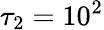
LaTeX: \tau_{2}=10^{2}